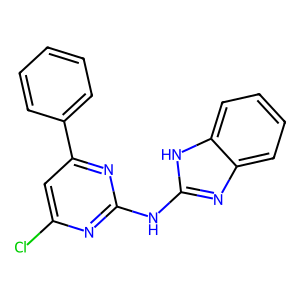
SMILES: Clc1cc(-c2ccccc2)nc(Nc2nc3ccccc3[nH]2)n1
Inhibits HIV replication: No